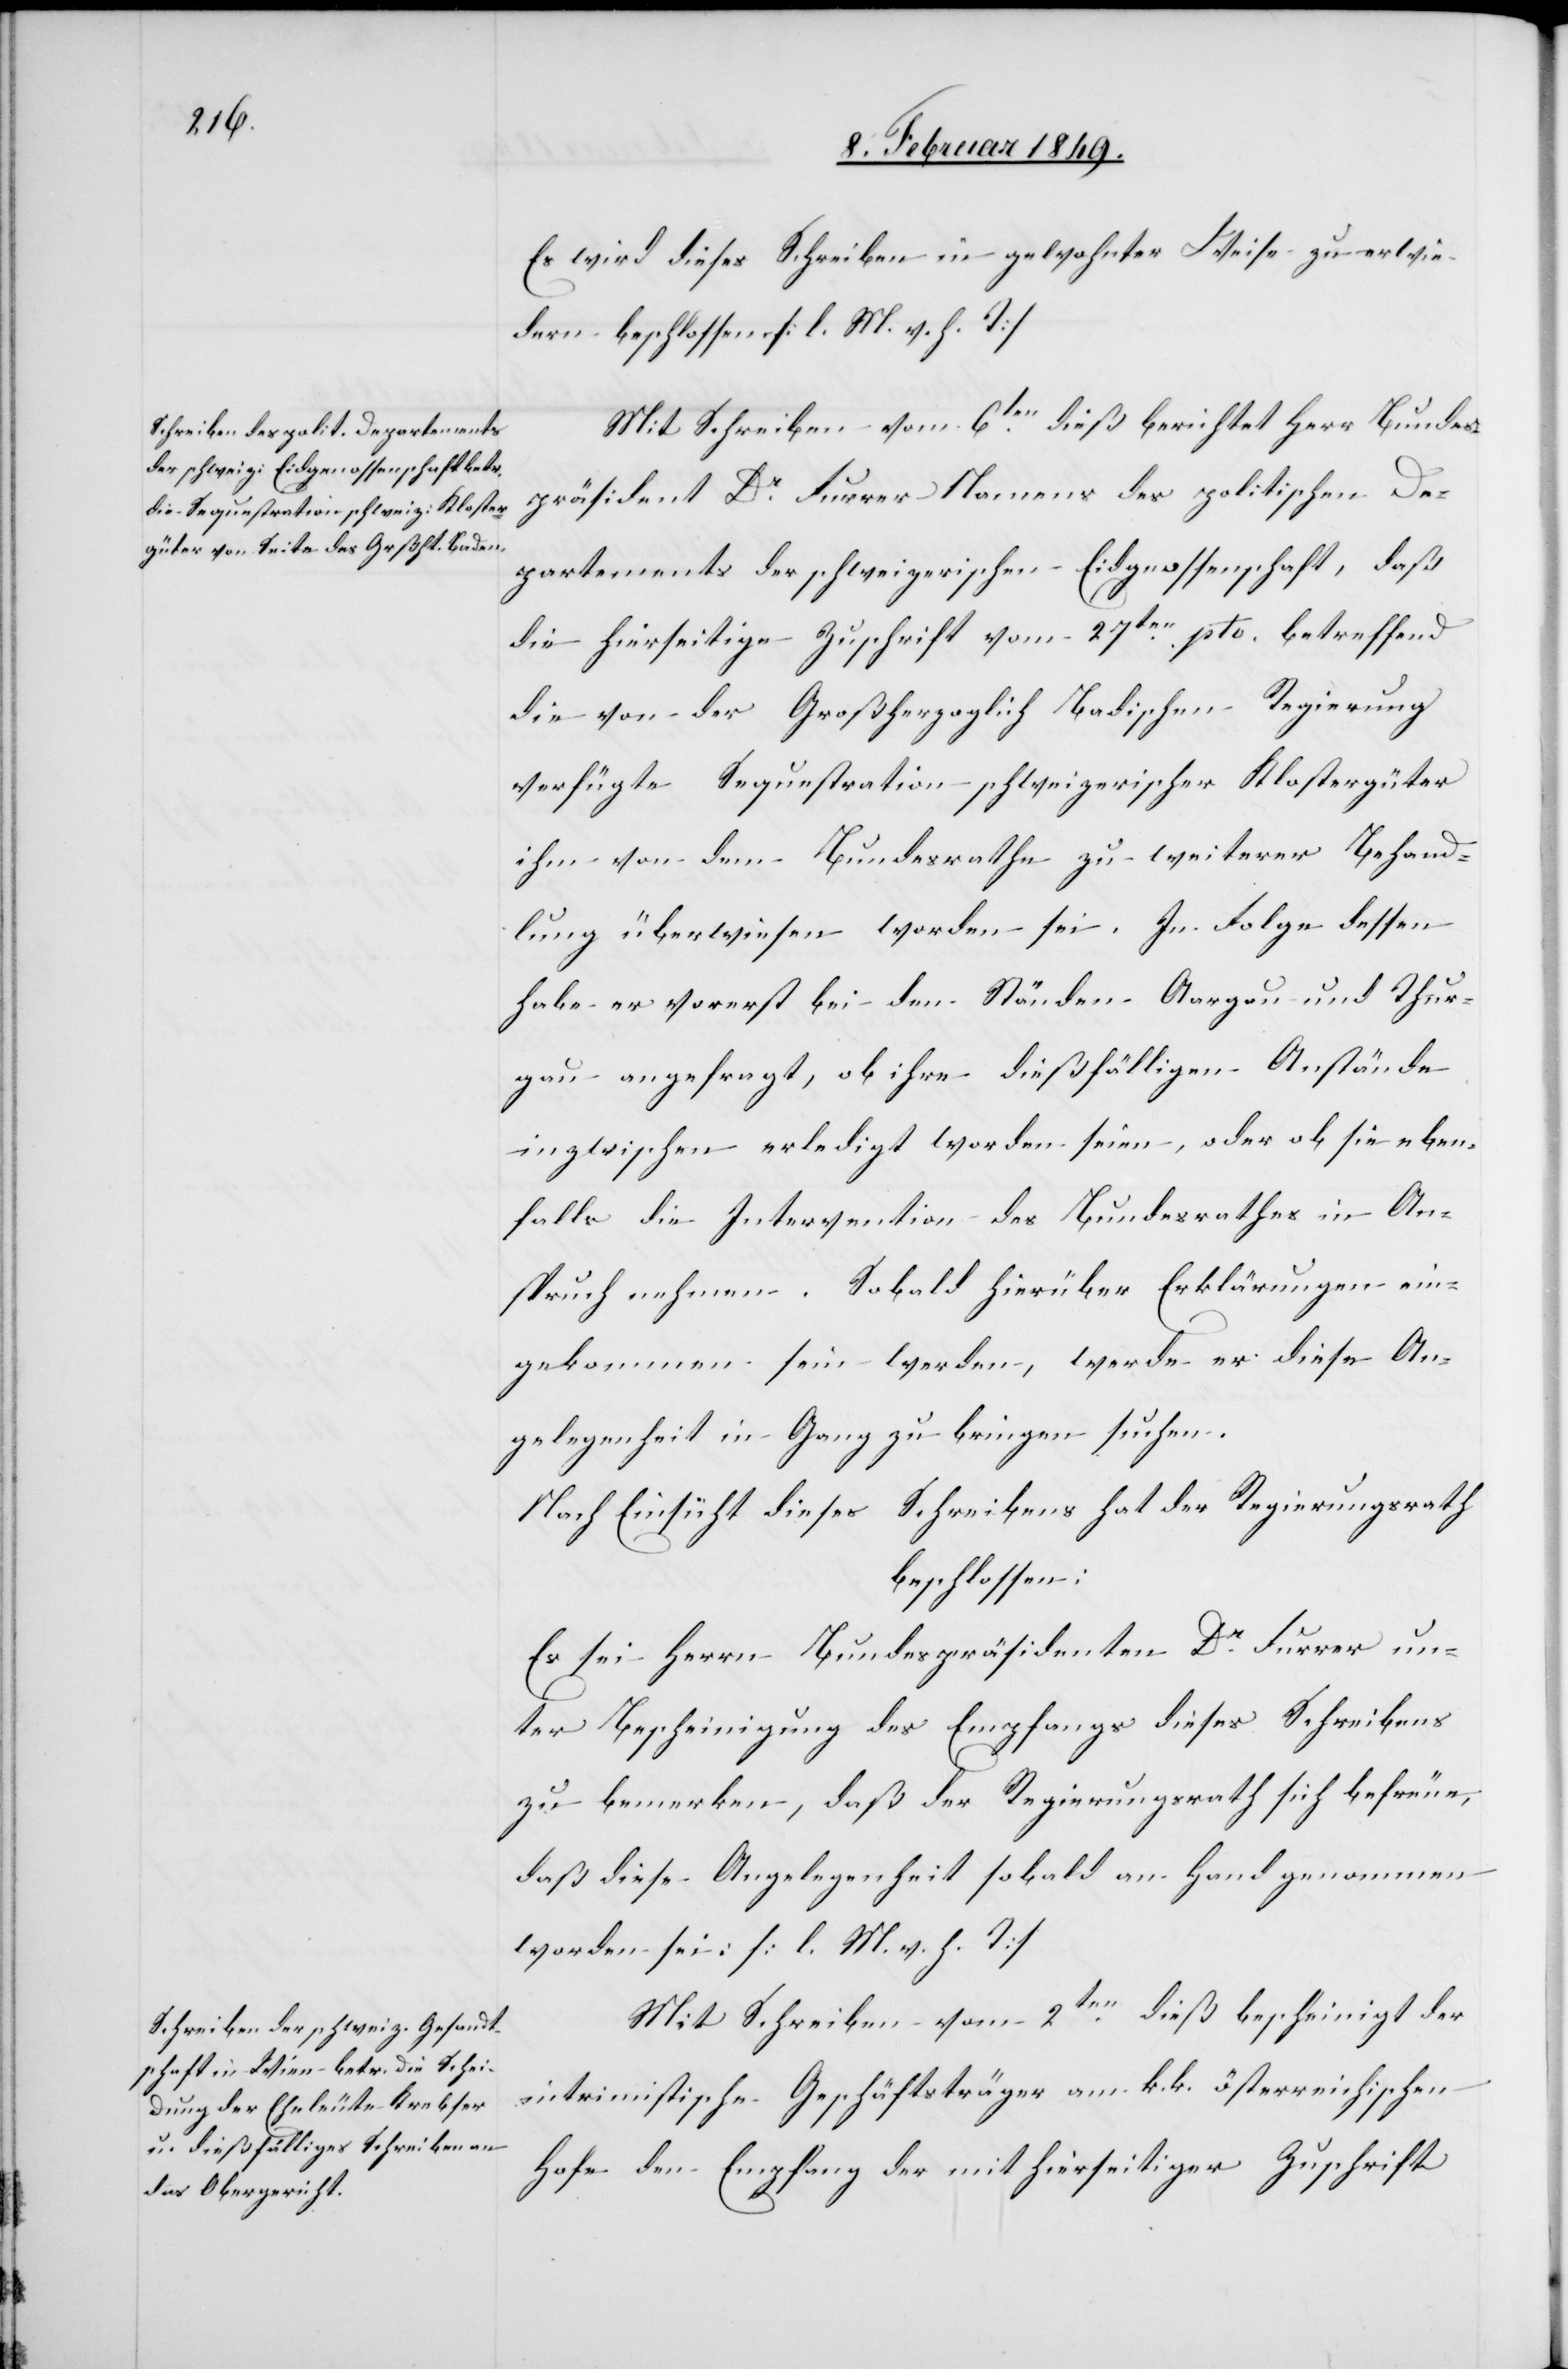
Es wird dieses Schreiben in gewohnter Weise zu erwie¬
dern beschlossen. [l. M. v. h. T]
Mit Schreiben vom 6ten. dieß berichtet Herr Bundes¬
präsident Dr. Furrer Namens des politischen De¬
partements der schweizerischen Eidgenossenschaft, daß
die hierseitige Zuschrift vom 27ten. pto. betreffend
die von der Großherzoglich Badischen Regierung
verfügte Sequestration schweizerischer Klostergüter
ihm von dem Bundesrathe zu weiterer Behand¬
lung überwiesen worden sei. In Folge dessen
habe er vorerst bei den Ständen Aargau und Thur¬
gau angefragt, ob ihre dießfälligen Anstände
inzwischen erledigt worden seien, oder ob sie eben¬
falls die Intervention des Bundesrathes in An¬
spruch nehmen. Sobald hierüber Erklärungen ein¬
gekommen sein werden, werde er diese An¬
gelegenheit in Gang zu bringen suchen.
Nach Einsicht dieses Schreibens hat der Regierungsrath
beschlossen:
Es sei Herrn Bundespräsidenten Dr. Furrer un¬
ter Bescheinigung des Empfangs dieses Schreibens
zu bemerken, daß der Regierungsrath sich befreue,
daß diese Angelegenheit sobald an Hand genommen
worden sei: [l. M. v. h. T]
Mit Schreiben vom 2ten. dieß bescheinigt der
intrimistische Geschäftsträger am k. k. österreichischen
Hofe den Empfang der [sic!] mit hierseitiger Zuschrift